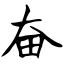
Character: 奋